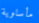
مأساوية